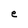
Character: e